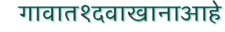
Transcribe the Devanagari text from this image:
गावात१दवाखानाआहे